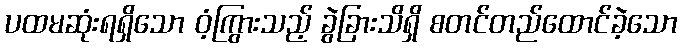
ပထမဆုံးရရှိသော ဝံ့ကြွားသည့် ခွဲခြားသိရှိ စတင်တည်ထောင်ခဲ့သော